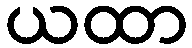
ယထာ